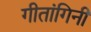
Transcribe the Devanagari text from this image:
गीतांगिनी